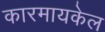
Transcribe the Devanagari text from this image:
कारमायकेल